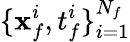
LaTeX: \{ \mathbf{x}_{f}^{i},t_{f}^{i}\} _{i=1}^{N_{f}}